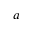
^ a